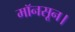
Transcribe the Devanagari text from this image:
मॉनसून।